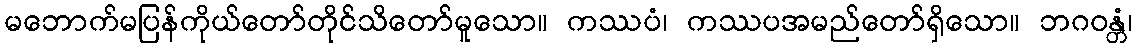
မဘောက်မပြန်ကိုယ်တော်တိုင်သိတော်မူသော။ ကဿပံ၊ ကဿပအမည်တော်ရှိသော။ ဘဂဝန္တံ၊